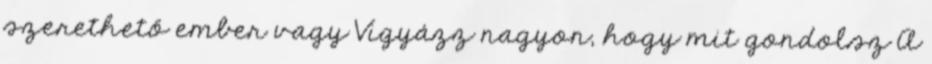
szerethető ember vagy Vigyázz nagyon, hogy mit gondolsz A